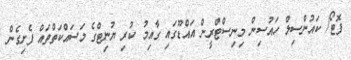
ފޮޓޯ/ ކައުންސިލް ހައުސިން މިނިސްޓްރީން އައްޑޫގައި ގާއިމު ކުރި ޔުނިޓްގެ މަސައްކަތްތައް ފެށިގެން